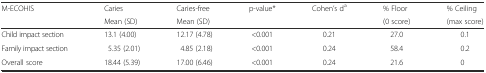
| <ROWSPAN=2> M-ECOHIS | Caries | Caries-free | <ROWSPAN=2> p-value* | <ROWSPAN=2> Cohen’s da | % Floor | % Ceiling |
 | Mean (SD) | Mean (SD) | (0 score) | (max score) |
 | --- | --- | --- | --- | --- | --- | --- |
 | Child impact section | 13.1 (4.00) | 12.17 (4.78) | <0.001 | 0.21 | 27.0 | 0.1 |
 | Family impact section | 5.35 (2.01) | 4.85 (2.18) | <0.001 | 0.24 | 58.4 | 0.2 |
 | Overall score | 18.44 (5.39) | 17.00 (6.46) | <0.001 | 0.24 | 21.6 | 0 |